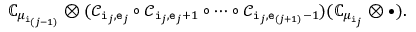
{ \mathbb C } _ { \mu _ { \mathtt { i } _ { ( j - 1 ) } } } \otimes ( \mathscr C _ { \mathtt { i } _ { j } , \mathtt { e } _ { j } } \circ \mathscr C _ { \mathtt { i } _ { j } , \mathtt { e } _ { j } + 1 } \circ \cdots \circ \mathscr C _ { \mathtt { i } _ { j } , \mathtt { e } _ { ( j + 1 ) } - 1 } ) ( { \mathbb C } _ { \mu _ { \mathtt { i } _ { j } } } \otimes \bullet ) .